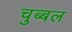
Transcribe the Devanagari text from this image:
चुब्बल